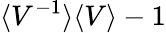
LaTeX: \langle V^{-1}\rangle\langle V\rangle-1